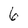
Character: 6